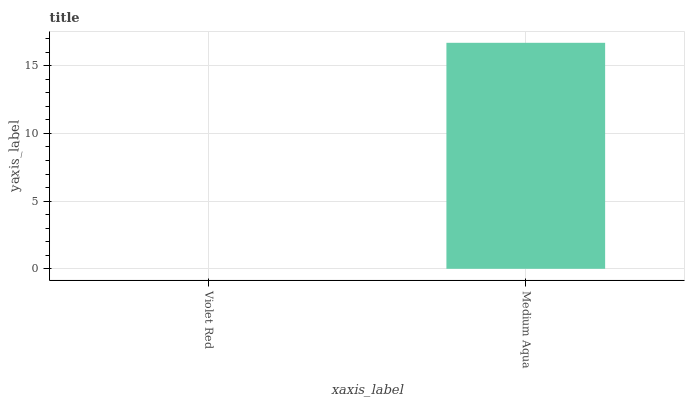
| xaxis_label | bars |
 | --- | --- |
 | Violet Red | 0 |
 | Medium Aqua | 16.7 |